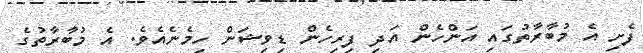
ފެށި އެ މުބާރާތުގައި އަންހެން އަދި ފިރިހެން ޑިވިޝަން ހިމެނެއެވެ. އެ މުބާރާތުގެ